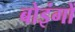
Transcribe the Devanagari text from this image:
बोइंगों